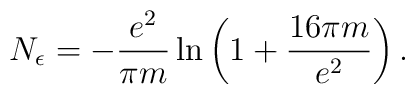
N_{\epsilon}=-\frac{e^2}{\pi m}\ln\left(1+\frac{16\pi m}{e^2}\right).